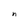
Character: n